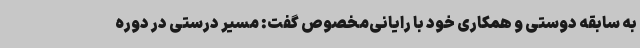
به سابقه دوستی و همکاری خود با رایانی‌مخصوص گفت: مسیر درستی در دوره